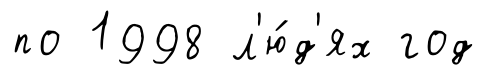
по 1998 л'ю́д'ях год